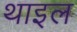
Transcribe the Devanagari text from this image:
थाइल